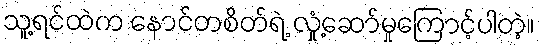
သူ့ရင်ထဲက နောင်တစိတ်ရဲ့ လှုံ့ဆော်မှုကြောင့်ပါတဲ့။